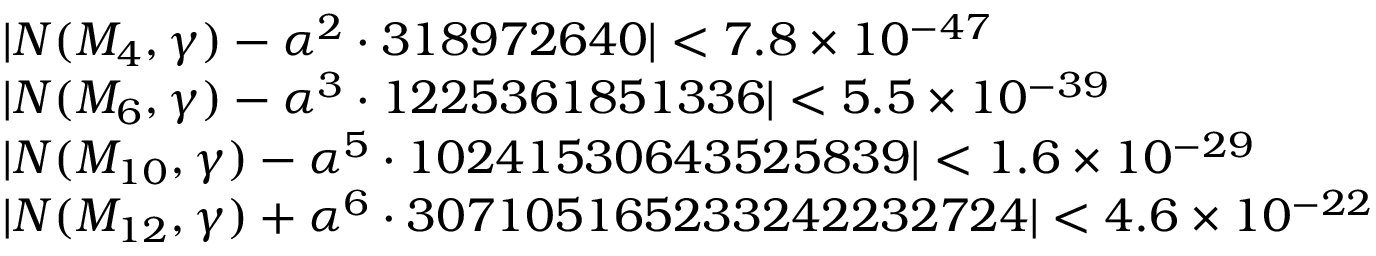
\begin{array} { r l } & { | N ( M _ { 4 } , \gamma ) - \alpha ^ { 2 } \cdot 3 1 8 9 7 2 6 4 0 | < 7 . 8 \times 1 0 ^ { - 4 7 } } \\ & { | N ( M _ { 6 } , \gamma ) - \alpha ^ { 3 } \cdot 1 2 2 5 3 6 1 8 5 1 3 3 6 | < 5 . 5 \times 1 0 ^ { - 3 9 } } \\ & { | N ( M _ { 1 0 } , \gamma ) - \alpha ^ { 5 } \cdot 1 0 2 4 1 5 3 0 6 4 3 5 2 5 8 3 9 | < 1 . 6 \times 1 0 ^ { - 2 9 } } \\ & { | N ( M _ { 1 2 } , \gamma ) + \alpha ^ { 6 } \cdot 3 0 7 1 0 5 1 6 5 2 3 3 2 4 2 2 3 2 7 2 4 | < 4 . 6 \times 1 0 ^ { - 2 2 } } \end{array}